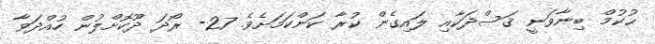
ޙުކުމް ބިނާވަނީ ޤަސްދަކާއި ލައިގެން ކުރާ ކަންކަމަށެވެ. 27- ރޯދަ ދޫކޮށްލުން ހުއްދަވާ